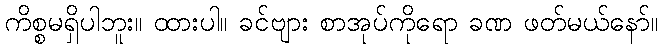
ကိစ္စမရှိပါဘူး။ ထားပါ။ ခင်ဗျား စာအုပ်ကိုရော ခဏ ဖတ်မယ်နော်။